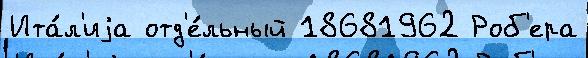
Ита́л'иjа отд'е́льный 18681962 Роб'ера